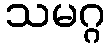
သမဂ္ဂ